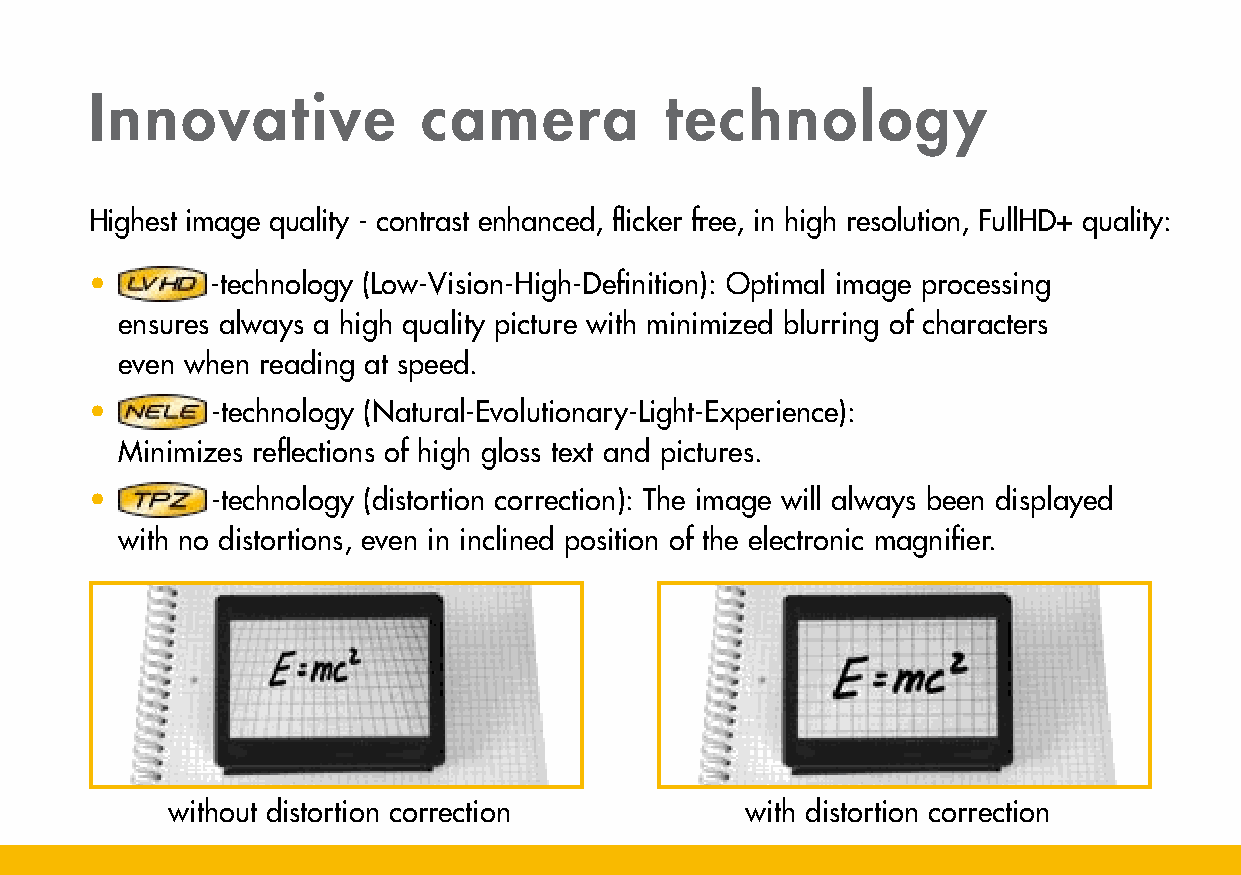
Innovative            camera          technology
 Highest image quality - contrast enhanced, flicker free, in high resolution, FullHD+ quality:
 •       -technology (Low-Vision-High-Definition): Optimal image processing
 ensures always a high quality picture with minimized blurring of characters
 even when reading at speed.
 •       -technology (Natural-Evolutionary-Light-Experience):
 Minimizes reflections of high gloss text and pictures.
 •       -technology (distortion correction): The image will always been displayed
 with no distortions, even in inclined position of the electronic magnifier.
 without distortion correction         with distortion correction